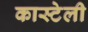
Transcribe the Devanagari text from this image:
कास्टेली